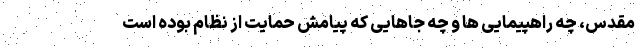
مقدس، چه راهپیمایی ها و چه جاهایی که پیامش حمایت از نظام بوده است